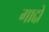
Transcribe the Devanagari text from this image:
गाद्दो